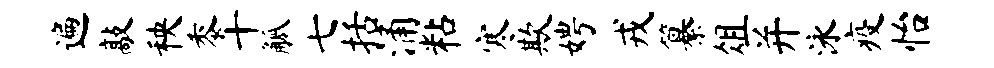
遍敲秧黍十觚七括涌粘寒欺娉戎纂俎并泳疫怡